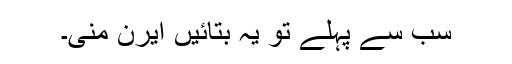
سب سے پہلے تو یہ بتائیں ایرن منی۔